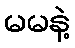
မမနဲ့